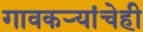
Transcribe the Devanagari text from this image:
गावकऱ्यांचेही